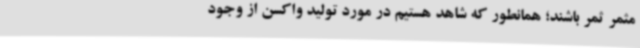
مثمر ثمر باشند؛ همانطور که شاهد هستیم در مورد تولید واکسن از وجود